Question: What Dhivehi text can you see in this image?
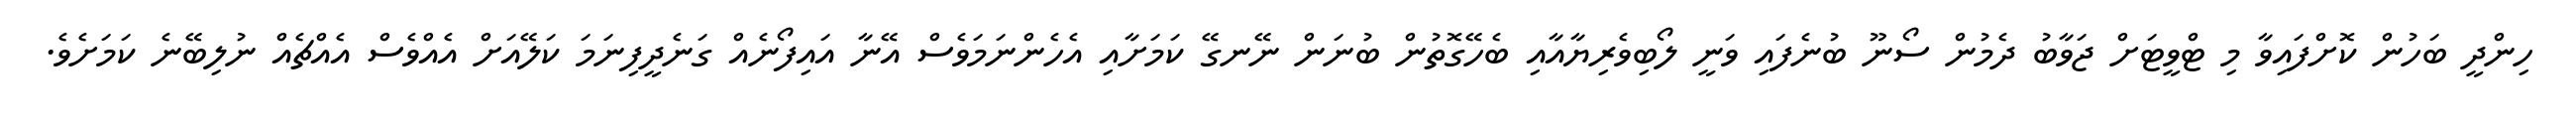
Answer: ހިންދީ ބަހުން ކޮށްފައިވާ މި ޓްވީޓަށް ޖަވާބު ދެމުން ސޯނޫ ބުނެފައި ވަނީ ލޯބިވެރިޔާއާއި ބެހޭގޮތުން ބުނަން ނޭނގޭ ކަމަށާއި އެހެންނަމަވެސް އޭނާ އައިފޯނެއް ގަނެދީފިނަމަ ކަލޭއަށް އެއްވެސް އެއްޗެއް ނުލިބޭނެ ކަމަށެވެ.